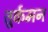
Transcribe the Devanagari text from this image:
तुर्कमन